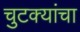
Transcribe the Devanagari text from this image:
चुटक्यांचा